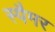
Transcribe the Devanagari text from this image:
स्पैमर